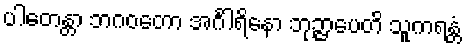
ပါတေန္တာ ဘဂဝတော အင်္ဂါရိနော ဘုဉ္ဇာပေတိ သူကရန္တံ